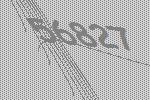
56827